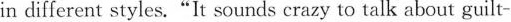
in different styles."It sounds crazy to talk about guilt-